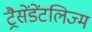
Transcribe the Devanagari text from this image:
ट्रैसेंडेंटलिज्म